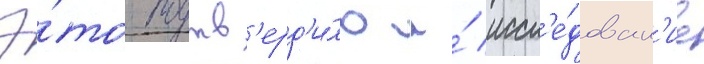
Э́то подтв'ерд'и́ло и́ иссл'е́дован'ие